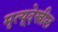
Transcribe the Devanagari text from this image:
मृत्यूदेखील